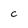
Character: C